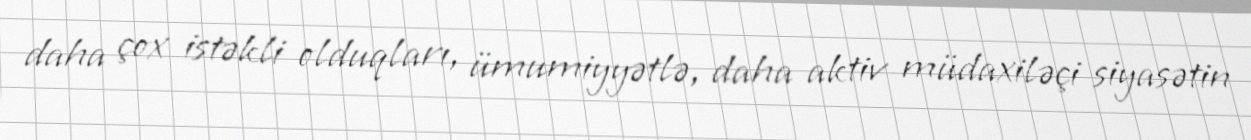
daha çox istəkli olduqları, ümumiyyətlə, daha aktiv müdaxiləçi siyasətin